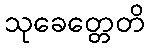
သုခေတ္တေတိ